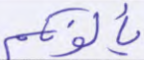
يألونكم